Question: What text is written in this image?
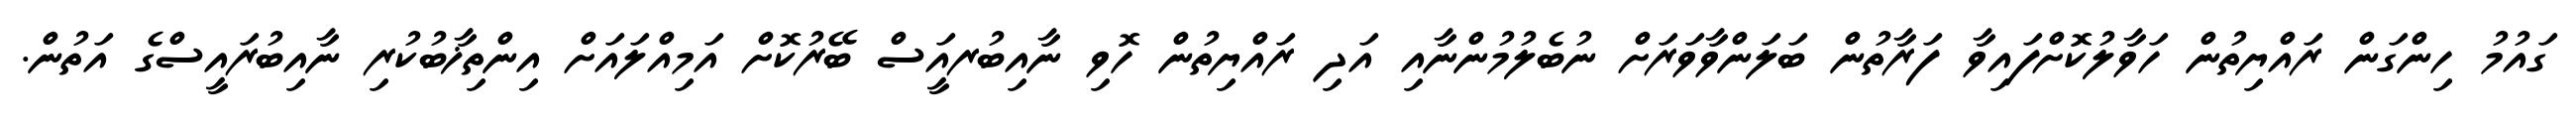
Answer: ގައުމު ހިންގަން ރައްޔިތުން ހަވާލުކޮށްފައިވާ ފަރާތުން ބަލަންވާވަރަށް ނުބެލުމުންނާއި އަދި ރައްޔިތުން ހޮވި ނާއިބުރއަީސް ބޭރުކޮށް އަމިއްލައަށް އިންތިޚާބުކުރި ނާއިބުރައީސްގެ އަތުން.